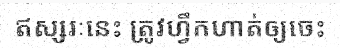
ឥស្សរៈនេះ ត្រូវហ្វឹកហាត់ឲ្យចេះ